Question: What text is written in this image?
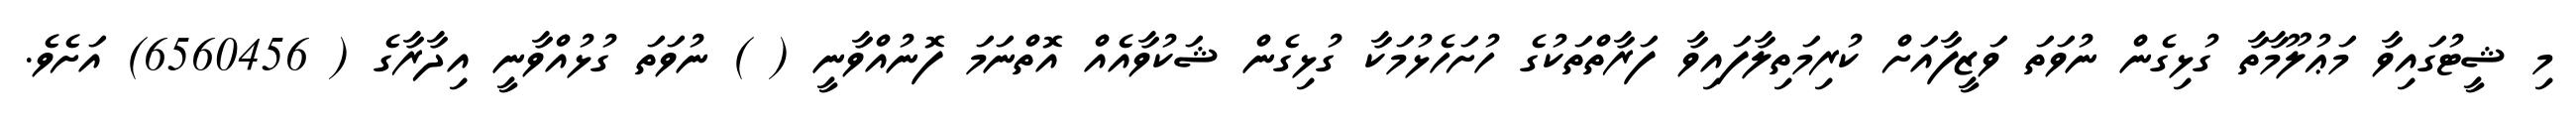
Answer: މި ޝީޓުގައިވާ މަޢުލޫމާތާ ގުޅިގެން ނުވަތަ ވަޒީފާއަށް ކުރިމަތިލާފައިވާ ފަރާތްތަކުގެ ހުށަހެޅުމަކާ ގުޅިގެން ޝަކުވާއެއް އޮތްނަމަ ފޮނުއްވާނީ ( ) ނުވަތަ ގުޅުއްވާނީ އިދާރާގެ ( 6560456) އަށެވެ.